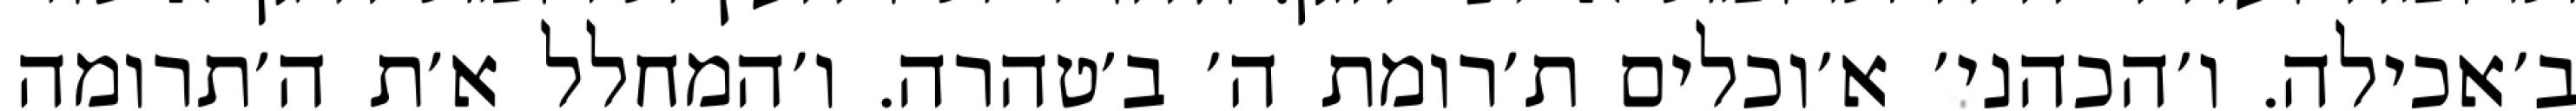
ב׳אכילה. ו׳הכהני׳ א׳וכלים ת׳רומת ה׳ ב׳טהרה. ו׳המחלל א׳ת ה׳תרומה